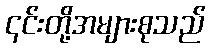
၎င်းတို့အများစုသည်